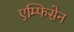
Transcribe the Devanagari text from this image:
एम्फिसेन